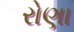
રોણા